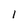
Character: l